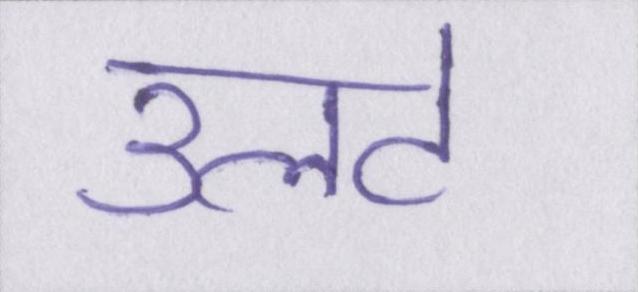
उलटे